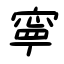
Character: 寧